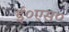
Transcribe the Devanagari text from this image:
ई०एस०